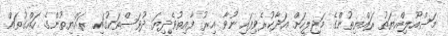
މަސްއޫލިއްޔަތު ރައްޔިތުންގެ މަޖިލީހަށް އަދާކުރެވިފައި ނުވާ އިރު ފާއިތުވެދިޔަ ދުވަސްތަކުގައި ރައްޔިތުންގެ ހައްގުތައް